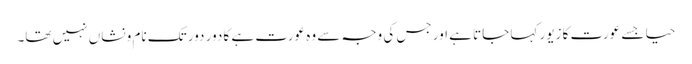
حیا جسے عورت کا زیور کہا جاتا ہے اور جس کی وجہ سے وہ عورت ہے کا دور دور تک نام و نشاں نہیں تھا۔